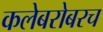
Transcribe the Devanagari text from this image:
कलेबरोबरच